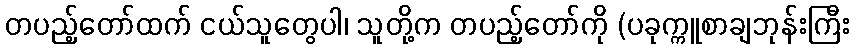
တပည့်တော်ထက် ငယ်သူတွေပါ၊ သူတို့က တပည့်တော်ကို (ပခုက္ကူစာချဘုန်းကြီး